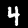
Digit: 4